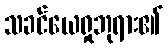
သခင်ယေရှုဘုရား၏